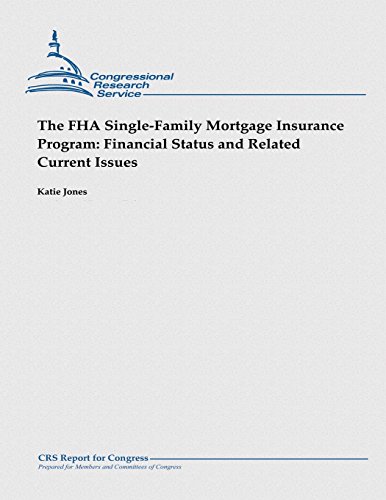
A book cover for The FHA Single-Family Mortgage Insurance Program:  Financial Status and Related Current Issues; Katie Jones; Business & Money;